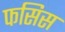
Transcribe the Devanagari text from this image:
फसिस